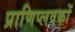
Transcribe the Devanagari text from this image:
प्राणिप्लवकों